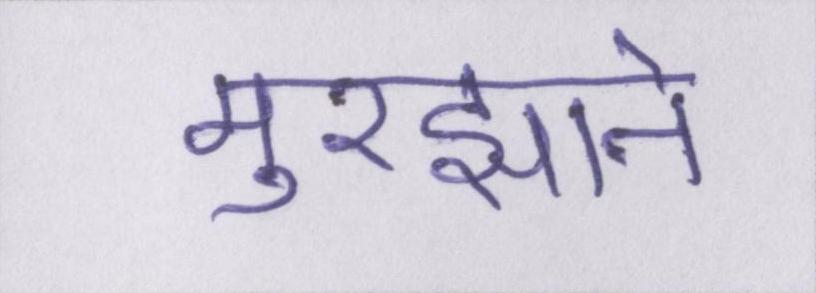
मुरझाने